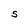
Character: S